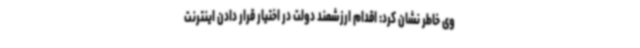
وی خاطر نشان کرد: اقدام ارزشمند دولت در اختیار قرار دادن اینترنت